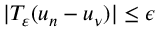
\lvert T _ { \varepsilon } ( u _ { n } - u _ { \nu } ) \rvert \leq \epsilon